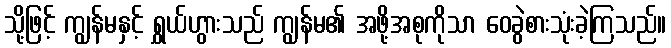
သို့ဖြင့် ကျွန်မနှင့် ရွှယ်ဟွားသည် ကျွန်မ၏ အဖို့အစုကိုသာ ဝေခွဲစားသုံးခဲ့ကြသည်။